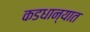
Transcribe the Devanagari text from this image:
कडधान्यात